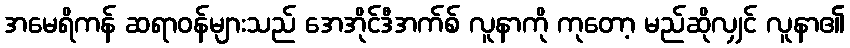
အမေရိကန် ဆရာဝန်များသည် အေအိုင်ဒီအက်စ် လူနာကို ကုတော့ မည်ဆိုလျှင် လူနာ၏